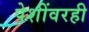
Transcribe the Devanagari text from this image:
पेशींवरही